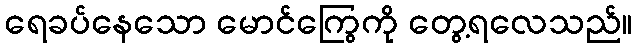
ရေခပ်နေသော မောင်ကြွေကို တွေ့ရလေသည်။